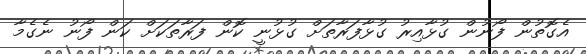
އެގޮތުން ފޯނުން ގުޅާއިރު ގުޅާފަރާތަށް ގުޅުނީ ކޮން ފަރާތަކަށް ކަން ފޯނު ނެގެމާ